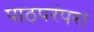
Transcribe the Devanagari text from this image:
पाठपरंपरा